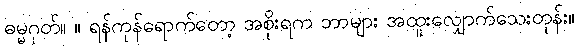
ဓမ္မဂုတ်။ ။ ရန်ကုန်ရောက်တော့ အစိုးရက ဘာများ အထူးလျှောက်သေးတုန်း။